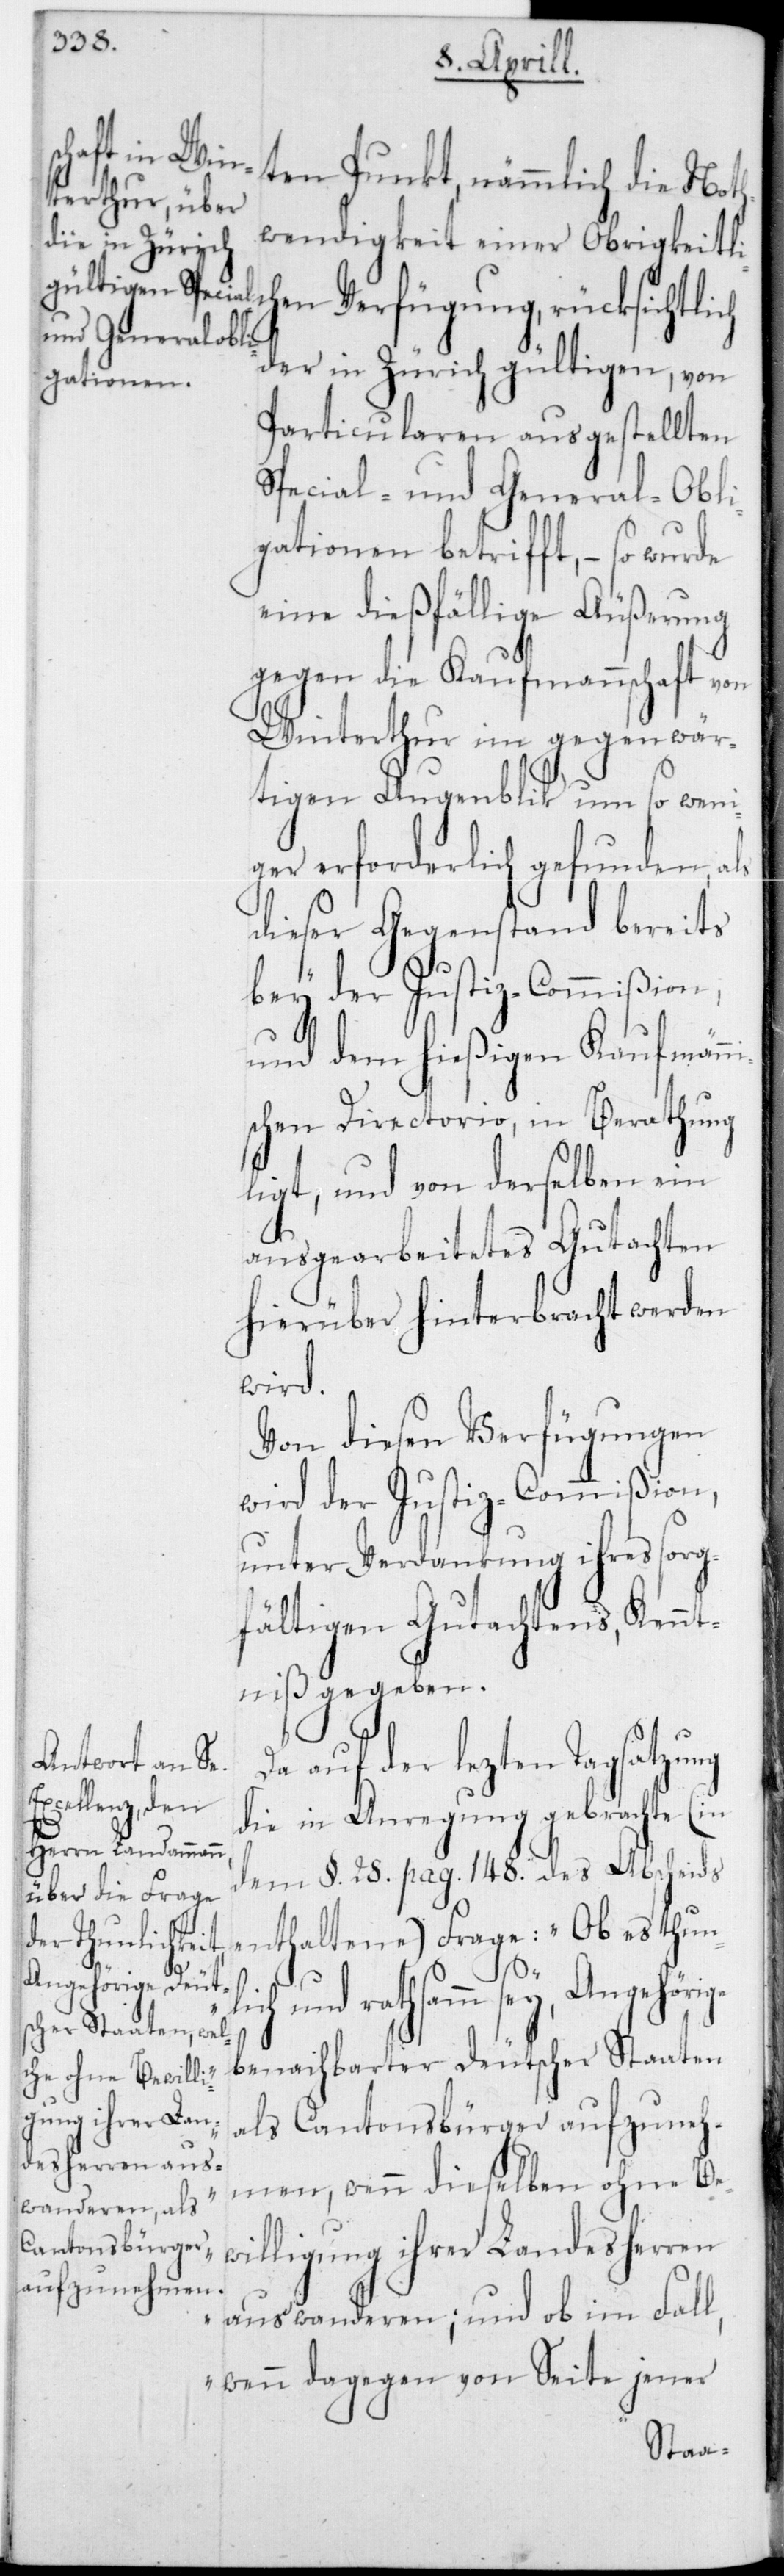
auf der lezten Tagsatzu¬
die in Anregung gebrachte (in
dem § 25 pag. 148 des Abscheids
enthaltene) Frage: „Ob es thunl¬
ng
ich und rathsam sey, Angehörige
benachbarter Deutscher Staaten
als Cantonsbürger aufzuneh¬
men, wenn dieselben ohne Be¬
willigung ihrer Landesherren
auswanderen; und ob im Fall,
wenn dagegen von Seite jener